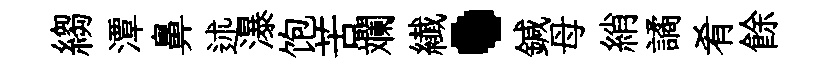
縐潭鼻述瀑饱苦斕纎·鍼母綃譎肴餘